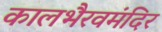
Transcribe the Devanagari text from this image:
कालभैरवमंदिर